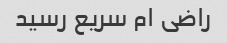
راضی ام سریع رسید